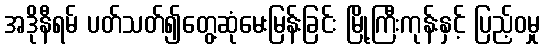
အဒိုနီရမ် ပတ်သတ်၍တွေ့ဆုံမေးမြန်းခြင်း မြို့ကြီးကုန်းနှင့် ပြည့်ဝမှု